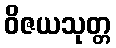
ဝိဇယသုတ္တ